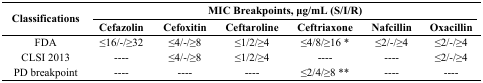
<table><thead><tr><td rowspan="2"><b>Classifications</b></td><td colspan="6"><b>MIC Breakpoints, μg/mL (S/I/R)</b></td></tr><tr><td><b>Cefazolin</b></td><td><b>Cefoxitin</b></td><td><b>Ceftaroline</b></td><td><b>Ceftriaxone</b></td><td><b>Nafcillin</b></td><td><b>Oxacillin</b></td></tr></thead><tbody><tr><td>FDA</td><td>≤16/-/≥32</td><td>≤4/-/≥8</td><td>≤1/2/≥4</td><td>≤4/8/≥16 *</td><td>≤2/-/≥4</td><td>≤2/-/≥4</td></tr><tr><td>CLSI 2013</td><td>----</td><td>≤4/-/≥8</td><td>≤1/2/≥4</td><td>----</td><td>----</td><td>≤2/-/≥4</td></tr><tr><td>PD breakpoint</td><td>----</td><td>----</td><td>----</td><td>≤2/4/≥8 **</td><td>----</td><td>----</td></tr></tbody></table>